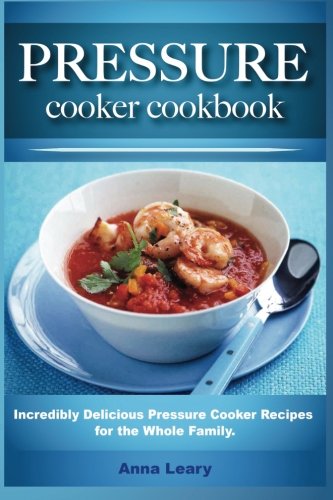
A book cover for Pressure Cooker Cookbook: Incredibly Delicious Pressure Cooker Recipes for the Whole Family; Anna Leary; Cookbooks, Food & Wine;